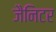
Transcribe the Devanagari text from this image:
जैनिटर